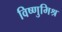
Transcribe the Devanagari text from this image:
विष्णुमिश्र